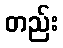
တည်း